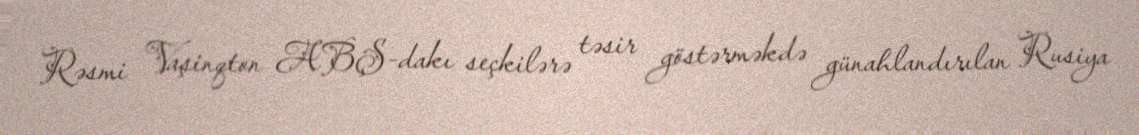
Rəsmi Vaşinqton ABŞ-dakı seçkilərə təsir göstərməkdə günahlandırılan Rusiya